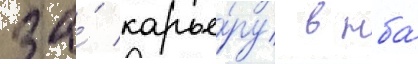
за́ карье́ру в нба́